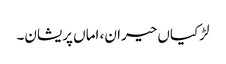
لڑکیاں حیران، اماں پریشان۔